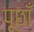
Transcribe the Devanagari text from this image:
पूछाँ